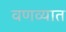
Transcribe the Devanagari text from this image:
वणव्यात